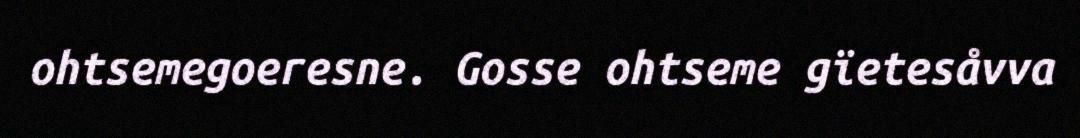
ohtsemegoeresne. Gosse ohtseme gïetesåvva